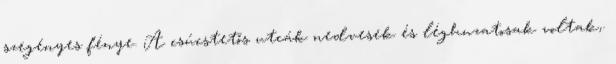
szegényes fénye. A csúcstetős utcák nedvesek és léghuzatosak voltak,.